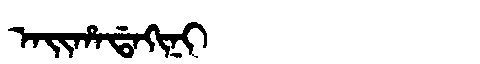
Manchu: ᠠᡳᡥᠠᡩᠠᡴᡳᠨᡳ
Romanization: AIHADAKINI